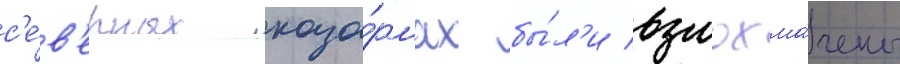
с'е́в'ерных каза́рмах бы́л'и взлохма́чены